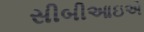
સીબીઆઇએ